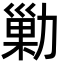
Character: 勦